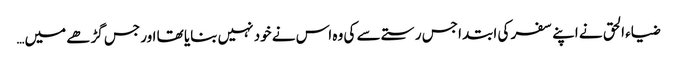
ضیاء الحق نے اپنے سفر کی ابتدا جس رستے سے کی وہ اس نے خود نہیں بنایا تھا اور جس گڑھے میں…